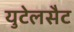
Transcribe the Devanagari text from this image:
युटेलसैट